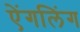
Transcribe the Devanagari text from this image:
ऐंगलिंग